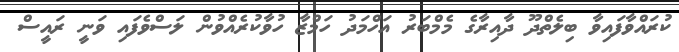
ކުރައްވާފައިވާ ބިލެތްދޫ ދާއިރާގެ މެމްބަރު އަހްމަދު ހަމްޒާ ހުވާކުރެއްވުން ލަސްވެފައި ވަނީ ރައީސް